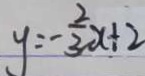
y = - \frac { 2 } { 3 } x + 2